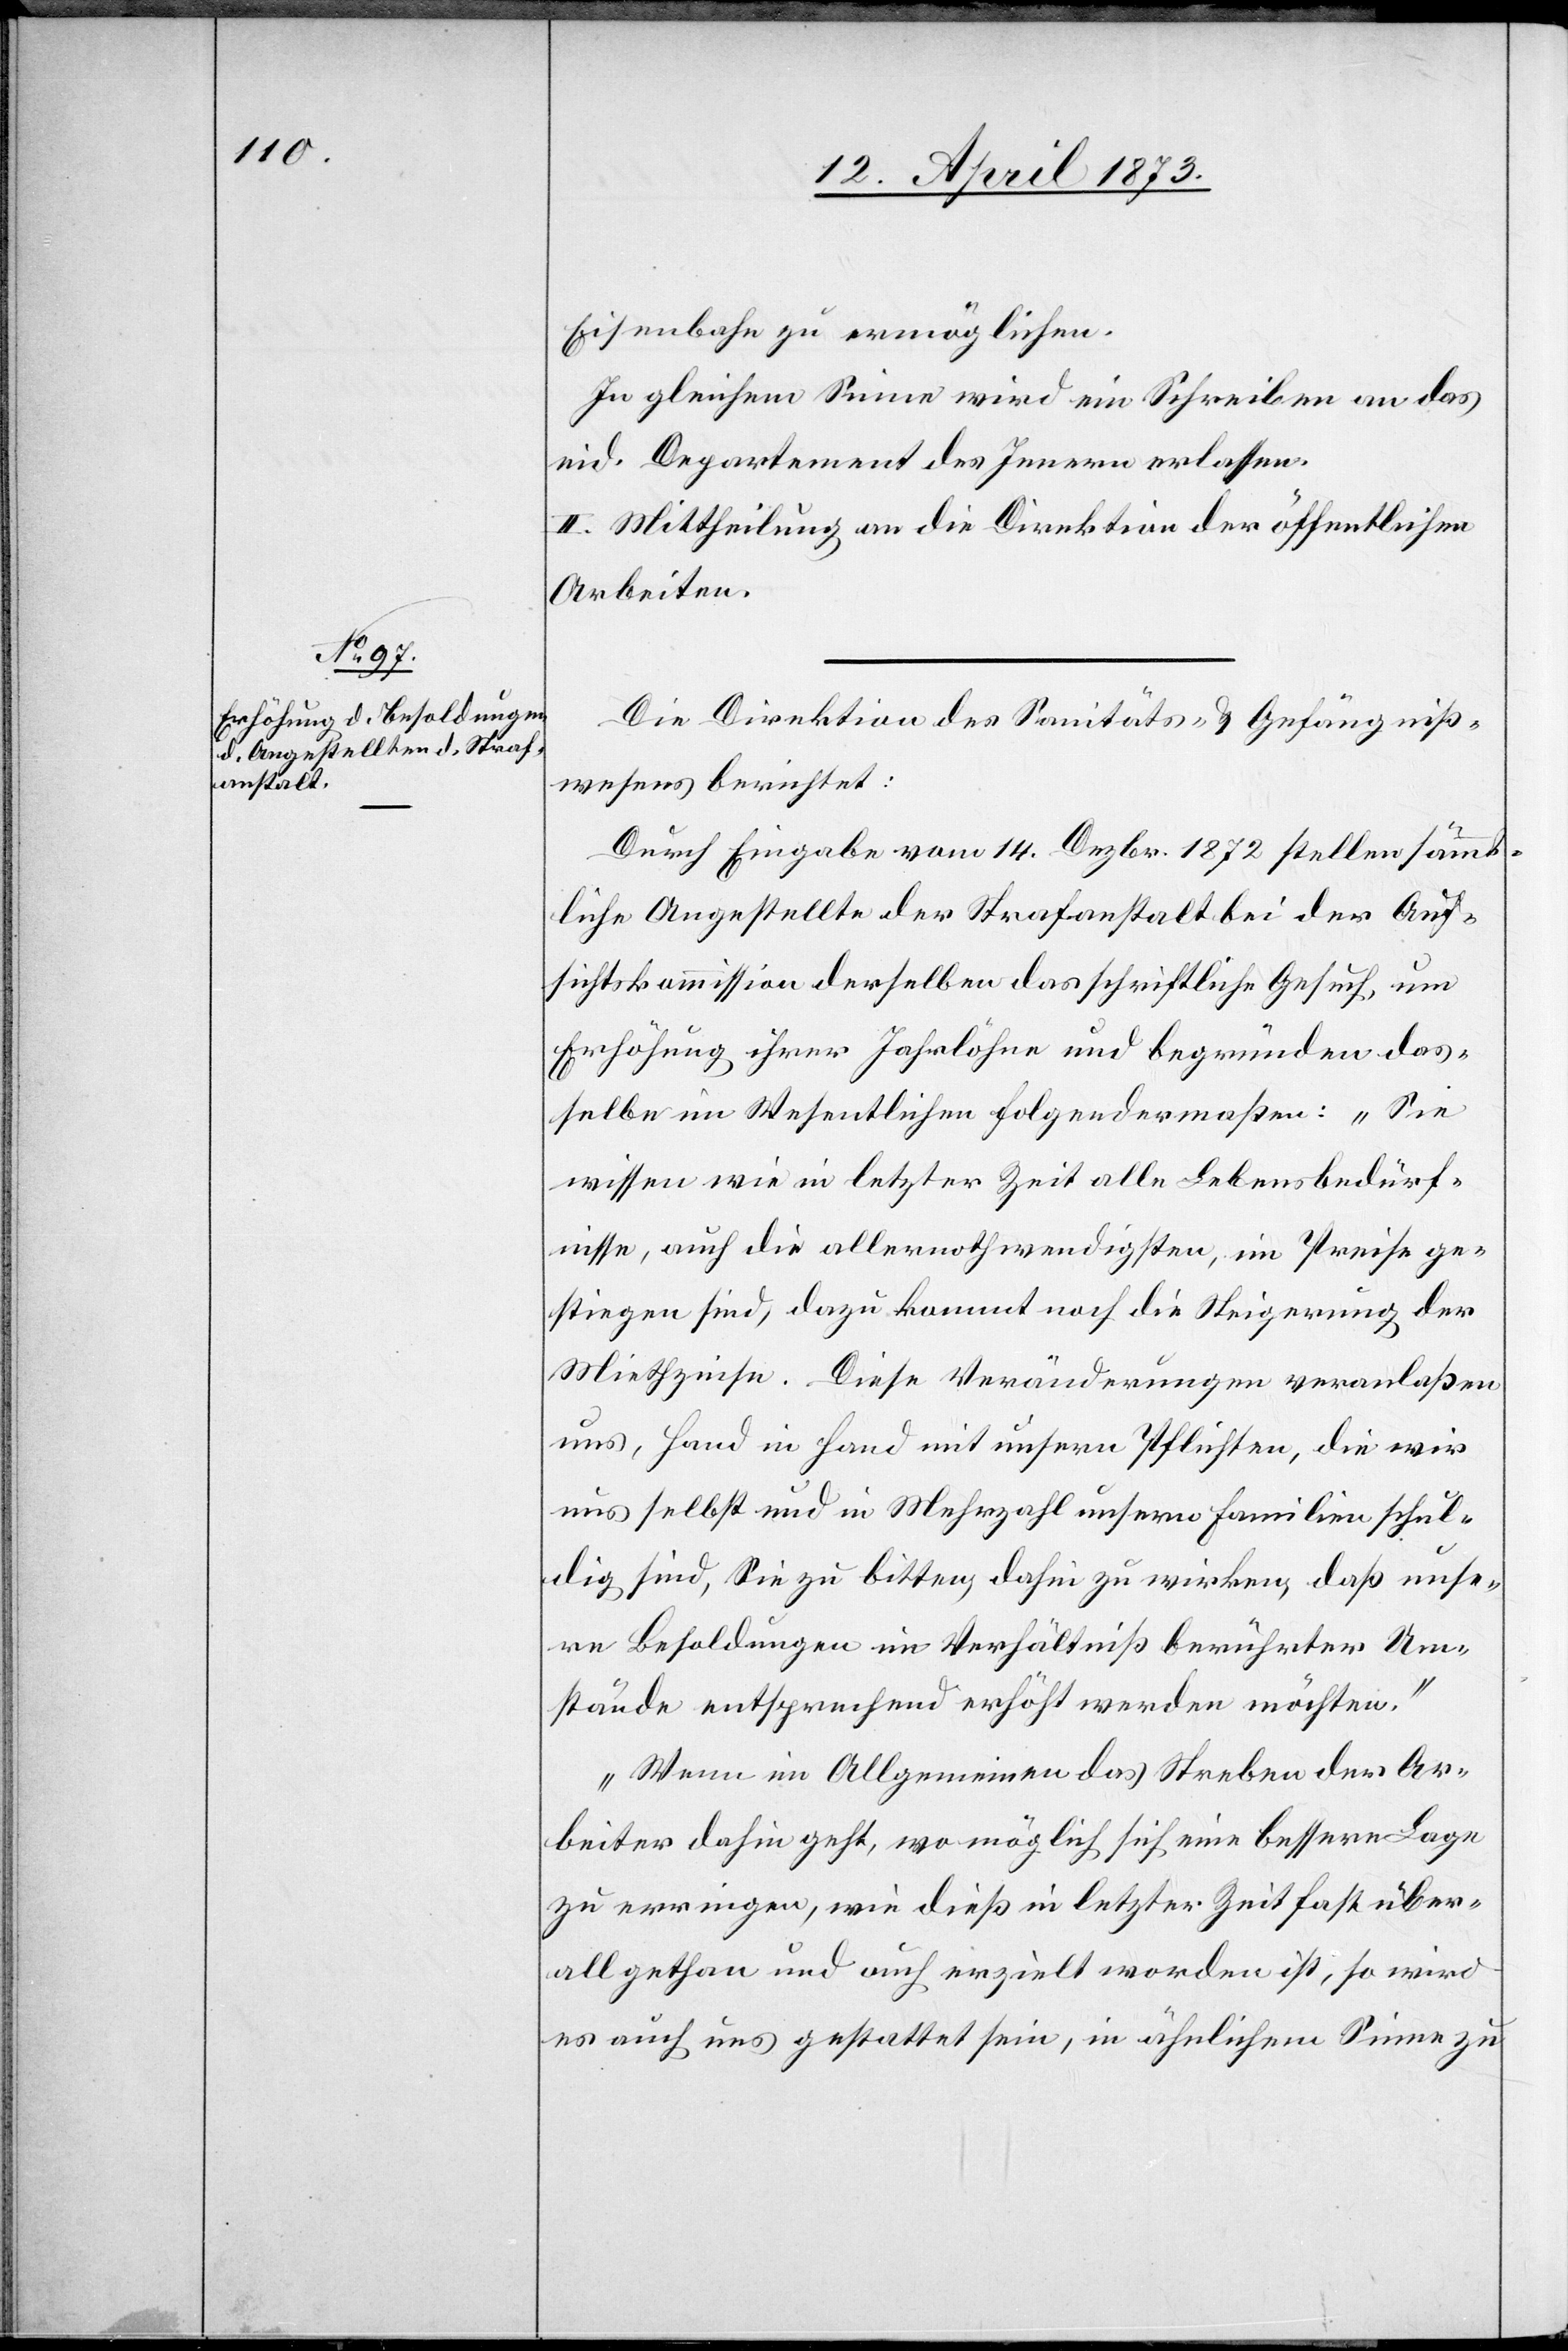
Eisenbahn zu ermöglichen.
In gleichem Sinne wird ein Schreiben an das
eid. Departement des Innern erlassen.
II. Mittheilung an die Direktion der öffentlichen
Arbeiten.
Die Direktion des Sanitäts- & Gefängniß¬
wesens berichtet:
Durch Eingabe vom 14. Dezbr. 1872 stellen sämmt¬
liche Angestellte der Strafanstalt bei der Auf¬
sichtskommission derselben das schriftliche Gesuch, um
Erhöhung ihrer Jahrlöhne und begründen das¬
selbe im Wesentlichen folgendermaßen: „Sie
wissen wie in letzter Zeit alle Lebensbedürf¬
nisse, auch die allernothwendigsten, im Preise ge¬
stiegen sind, dazu kommt noch die Steigerung der
Miethzinse. Diese Veränderungen veranlaßen
uns, Hand in Hand mit unsern Pflichten, die wir
uns selbst und in Mehrzahl unsern Familien schul¬
dig sind, Sie zu bitten, dahin zu wirken, daß unse¬
re Besoldungen im Verhältniß berührter Um¬
stände entsprechend erhöht werden möchten.“
„Wenn im Allgemeinen das Streben der Ar¬
beiter dahin geht, wo möglich sich eine bessere Lage
zu erringen, wie dieß in letzter Zeit fast über¬
all gethan und auch erzielt worden ist, so wird
es auch uns gestattet sein, in ähnlichem Sinne zu